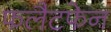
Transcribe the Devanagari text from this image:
फलैटफेन